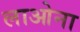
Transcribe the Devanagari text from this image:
लाओना